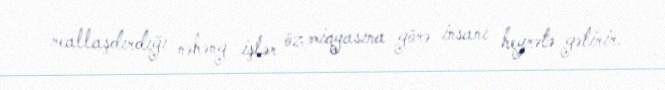
reallaşdırdığı nəhəng işlər öz miqyasına görə insanı heyrətə gətirir.